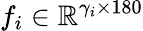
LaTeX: f_{i}\in\mathbb{R}^{\gamma_{i}\times 180}